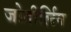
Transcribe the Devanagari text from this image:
जोतीर्लिग